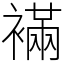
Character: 襔